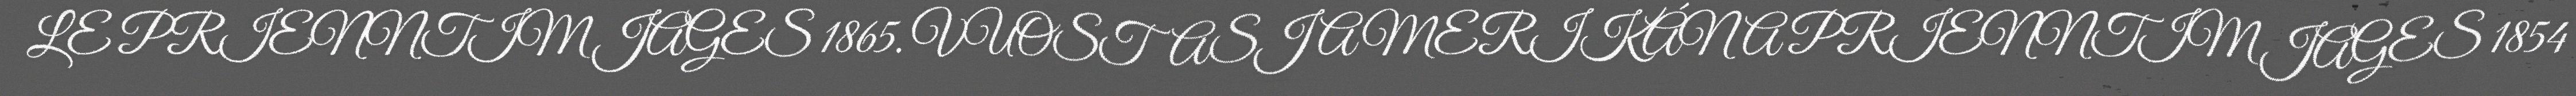
LE PRIENNTIM JAGES 1865. VUOSTASJ AMERIKÁNA PRIENNTIM JAGES 1854